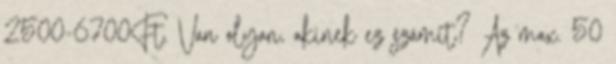
2500-6700Ft. Van olyan, akinek ez számít? Az max. 50